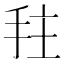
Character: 𫼠